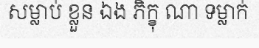
សម្លាប់ ខ្លួន ឯង ភិក្ខុ ណា ទម្លាក់